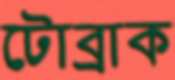
টোব্রাক